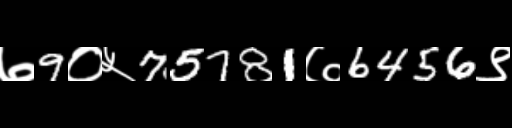
Text: ७9०५75781७6456९